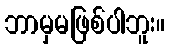
ဘာမှမဖြစ်ပါဘူး။